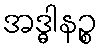
အဒ္ဓါနဉ္စ